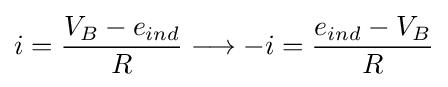
i={V_{B}-{e}_{ind} \over R}\longrightarrow -i={{e}_{ind}-V_{B} \over R}